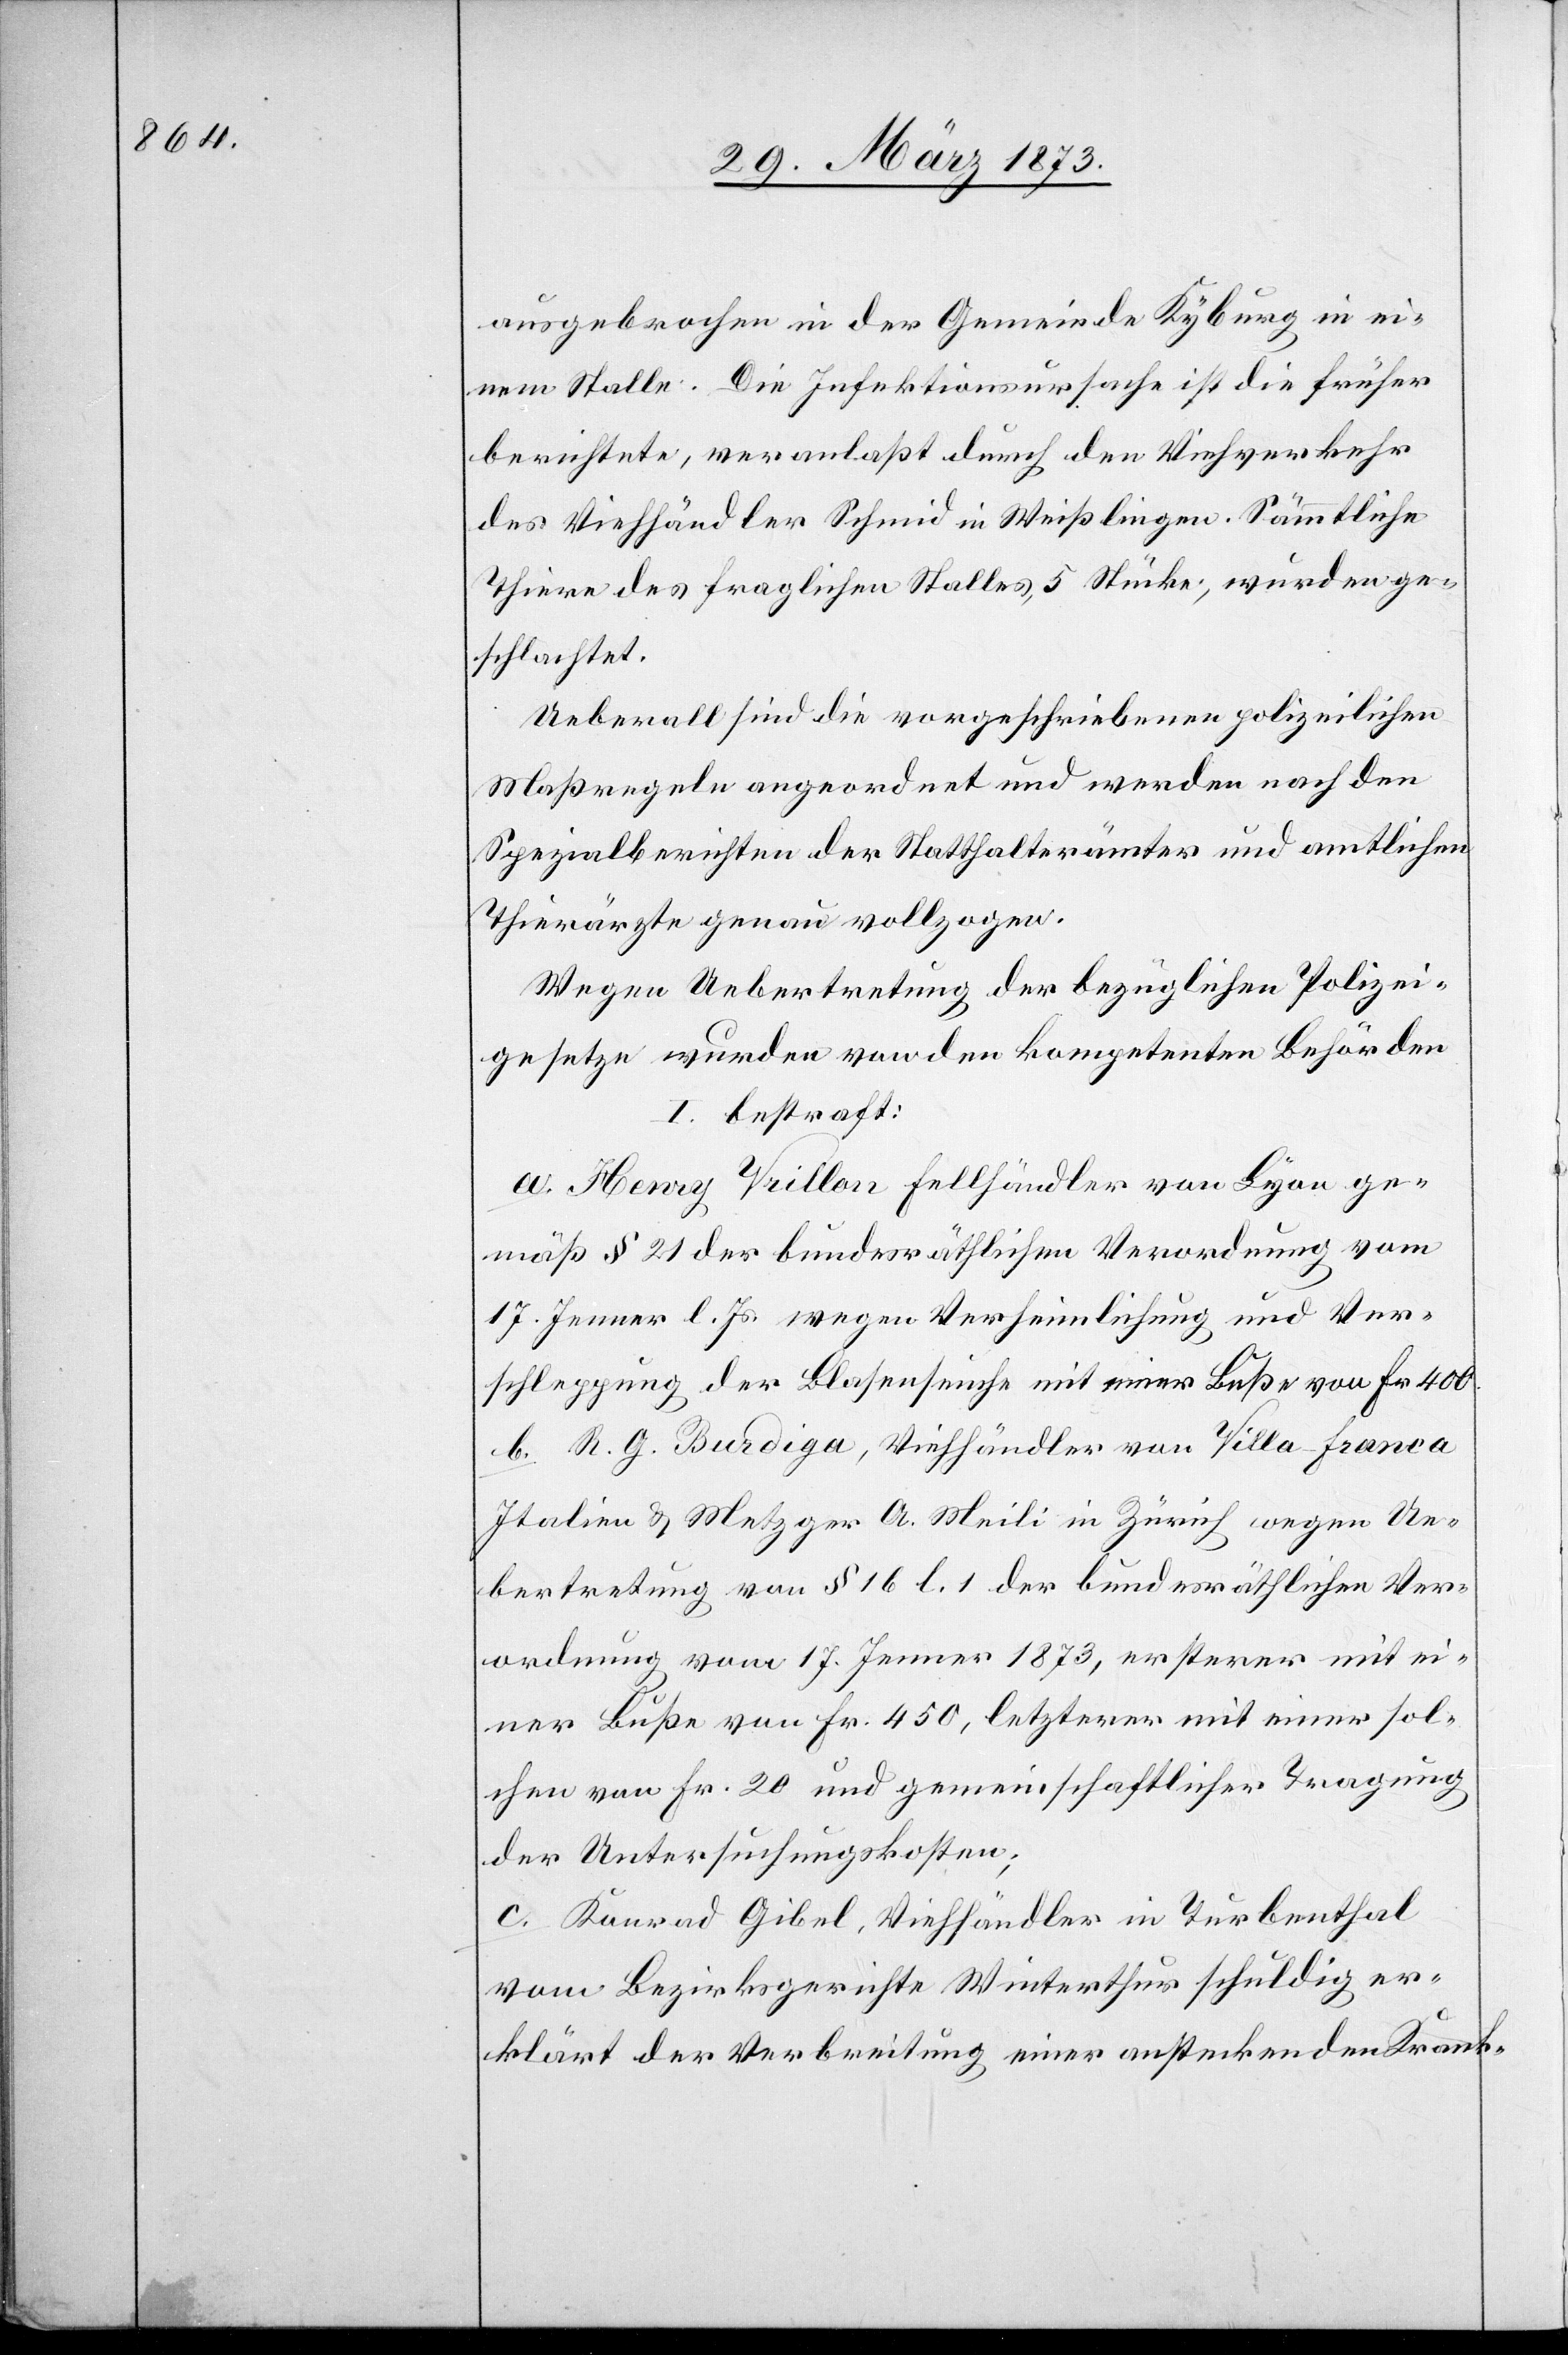
ausgebrochen in der Gemeinde Kyburg in ei¬
nem Stalle. Die Infektionsursache ist die früher
berichtete, veranlaßt durch den Viehverkehr
des Viehhändler Schmid in Weißlingen. Sämmtliche
Thiere des fraglichen Stalles, 5 Stücke, wurden ge¬
schlachtet.
Ueberall sind die vorgeschriebenen polizeilichen
Maßregeln angeordnet und werden nach den
Spezialberichten der Statthalterämter und amtlichen
Thierärzte genau vollzogen.
Wegen Uebertretung der bezüglichen Polizei¬
gesetze wurden von den kompetenten Behörden
I. bestraft:
a. Henry Veillon Fellhändler von Lyon ge¬
mäß § 21 der bundesräthlichen Verordnung vom
17. Jenner l. Js. wegen Verheimlichung und Ver¬
schleppung der Blasenseuche mit einer Buße von Fr. 400.
b. R. G. Burdiga, Viehhändler von Villa Franca
Italien u. Metzger A. Meili in Zürich wegen Ue¬
bertretung von § 16 l. 1 der bundesräthlichen Ver¬
ordnung vom 17. Jenner 1873, ersterer mit ei¬
ner Buße von Fr. 450, letzterer mit einer sol¬
chen von Fr. 20 und gemeinschaftlicher Tragung
der Untersuchungskosten.
c. Konrad Gibel, Viehhändler in Turbenthal
vom Bezirksgerichte Winterthur schuldig er¬
klärt der Verbreitung einer ansteckenden Krank-